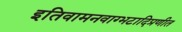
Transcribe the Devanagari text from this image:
इतिवामनवाग्भटादिप्रणीत